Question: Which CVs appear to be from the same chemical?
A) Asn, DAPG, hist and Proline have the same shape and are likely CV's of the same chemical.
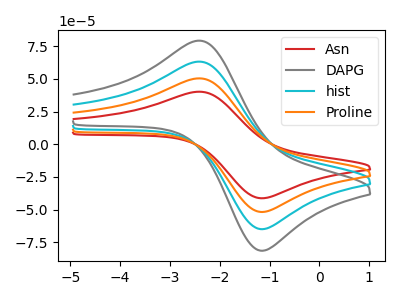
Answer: <think>The red curve "Asn" has an anodic peak at (-2.40V, 40.20uA) and a cathodic peak at (-1.15V, -41.35uA). The gray curve "DAPG" has an anodic peak at (-2.40V, 151.25uA) and a cathodic peak at (-1.15V, -155.50uA). The cyan curve "hist" has an anodic peak at (-2.40V, 100.85uA) and a cathodic peak at (-1.15V, -103.65uA). The orange curve "Proline" has an anodic peak at (-2.40V, 50.40uA) and a cathodic peak at (-1.15V, -51.85uA).
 All the peaks in "Asn" have a peak in "DAPG" at the same potential. Every peak in "Asn" is lower than every peak in "DAPG". All the peaks in "Asn" have a peak in "hist" at the same potential. Every peak in "Asn" is lower than every peak in "hist". All the peaks in "Asn" have a peak in "Proline" at the same potential. Every peak in "Asn" is lower than every peak in "Proline". All the peaks in "DAPG" have a peak in "hist" at the same potential. Every peak in "DAPG" is higher than every peak in "hist". All the peaks in "DAPG" have a peak in "Proline" at the same potential. Every peak in "DAPG" is higher than every peak in "Proline". All the peaks in "hist" have a peak in "Proline" at the same potential. Every peak in "hist" is higher than every peak in "Proline".</think>
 <answer>A) "Asn", "DAPG", "hist" and "Proline" have the same shape and are likely CV's of the same chemical.</answer>
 <eval>A</eval>